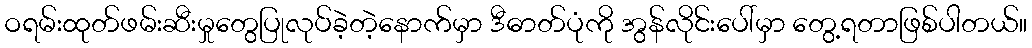
ဝရမ်းထုတ်ဖမ်းဆီးမှုတွေပြုလုပ်ခဲ့တဲ့နောက်မှာ ဒီဓာတ်ပုံကို အွန်လိုင်းပေါ်မှာ တွေ့ရတာဖြစ်ပါတယ်။